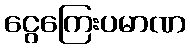
ငွေကြေးပမာဏ